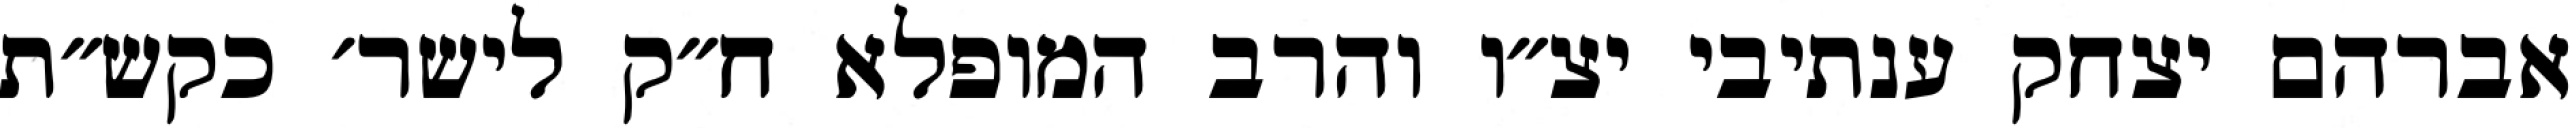
אברהם יצחק ענתיבי יצ״ו והרב המופלא ח״ק לישר׳ כקש״ת